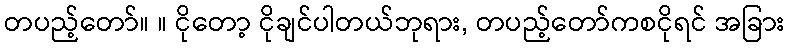
တပည့်တော်။ ။ ငိုတော့ ငိုချင်ပါတယ်ဘုရား, တပည့်တော်ကစငိုရင် အခြား